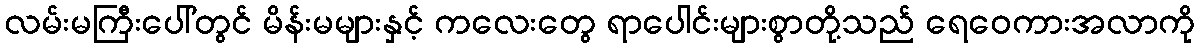
လမ်းမကြီးပေါ်တွင် မိန်းမများနှင့် ကလေးတွေ ရာပေါင်းများစွာတို့သည် ရေဝေကားအလာကို